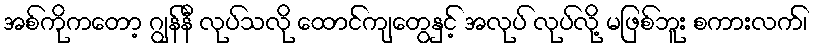
အစ်ကိုကတော့ ဂျွန်နီ လုပ်သလို ထောင်ကျတွေနှင့် အလုပ် လုပ်လို့ မဖြစ်ဘူး စကားလက်၊